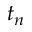
t _ { n }